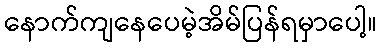
နောက်ကျနေပေမဲ့အိမ်ပြန်ရမှာပေါ့။